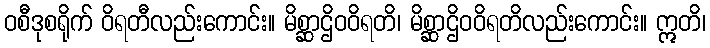
ဝစီဒုစရိုက် ဝိရတီလည်းကောင်း။ မိစ္ဆာဌိဝဝိရတိ၊ မိစ္ဆာဌိဝဝိရတိလည်းကောင်း။ ဣတိ၊